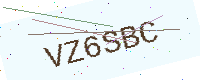
Text: VZ6SBC